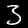
Digit: 3